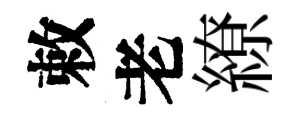
敕老繚